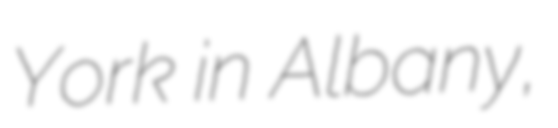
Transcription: York in Albany,